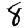
Digit: 8